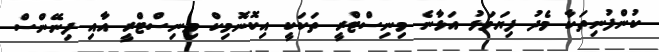
ކުންފުނިތަކާ މެދު ފިޔަވަޅު އަޅާނެ މިނިސްޓްރީ ތަކަކީ އިކޮނޮމިކް މިނިސްޓްރީ އާއި ފިނޭންސް